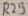
Text: R29